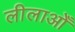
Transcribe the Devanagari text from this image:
लीलाओँ